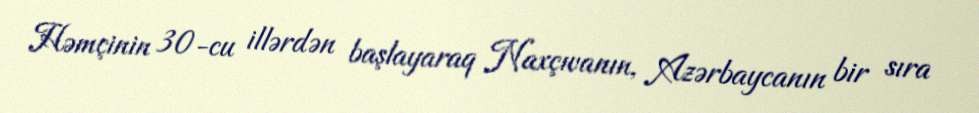
Həmçinin 30-cu illərdən başlayaraq Naxçıvanın, Azərbaycanın bir sıra